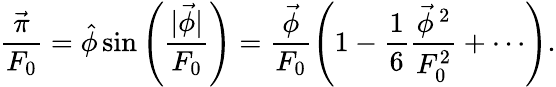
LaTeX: \frac{\vec{\pi}}{F_{0}}=\hat{\phi}\sin\left(\frac{|\vec{\phi}|}{F_{0}}\right)=\frac{\vec{\phi}}{F_{0}}\left(1-\frac{1}{6}\frac{\vec{\phi}\, ^{2}}{F_{0}^{2}}+\cdots\right).